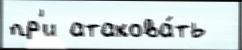
пр'и атакова́ть